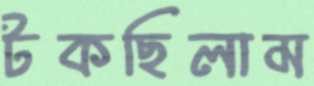
টকছিলাম